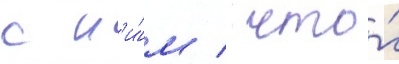
с н'и́м / что́